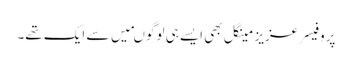
پروفیسر عزیز مینگل بھی ایسے ہی لوگوںمیں سے ایک تھے۔